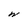
Character: w